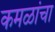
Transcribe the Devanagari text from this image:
कमळांचा